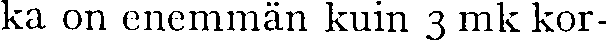
ka on enemmän kuin 3 mk kor-